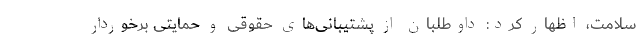
سلامت، اظهار کرد: داوطلبان از پشتیبانی‌های حقوقی و حمایتی برخوردار